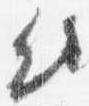
侍